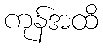
ကုန်အထိ